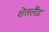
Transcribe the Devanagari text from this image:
शेतलैंड